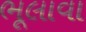
ભૂલાવા